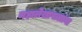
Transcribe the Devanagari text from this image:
महालेखापालांना